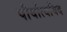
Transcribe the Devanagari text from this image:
पौर्वात्यविद